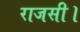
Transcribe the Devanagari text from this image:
राजसी।